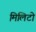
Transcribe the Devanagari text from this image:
मिलिटो